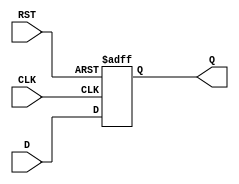
module DataRegister #(
    parameter WIDTH = 8  // Define the width of the Data Input
)(
    input  wire [WIDTH-1:0] D,   // Data Input
    input  wire CLK,              // Clock Input
    input  wire RST,              // Asynchronous Reset
    output reg  [WIDTH-1:0] Q     // Data Output
);

    // Always block for asynchronous reset and clocked data capture
    always @(posedge CLK or posedge RST) begin
        if (RST) begin
            Q <= {WIDTH{1'b0}};    // Clear the register on reset
        end else begin
            Q <= D;                // Capture data on rising edge of CLK
        end
    end

endmodule